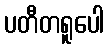
ပတီတရူပေါ